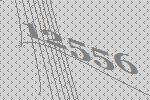
12556